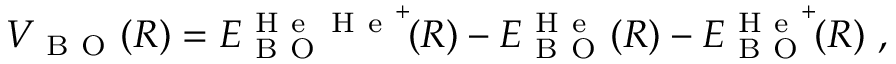
V _ { \mathrm { ~ B ~ O ~ } } ( R ) = E _ { \mathrm { ~ B ~ O ~ } } ^ { \mathrm { ~ H ~ e ~ } \mathrm { ~ H ~ e ~ } ^ { + } } \! ( R ) - E _ { \mathrm { ~ B ~ O ~ } } ^ { \mathrm { ~ H ~ e ~ } } ( R ) - E _ { \mathrm { ~ B ~ O ~ } } ^ { \mathrm { ~ H ~ e ~ } ^ { + } } \! ( R ) \ ,